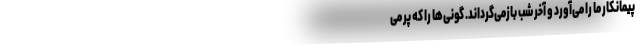
پیمانکار ما را می‌آورد و آخر شب بازمی‌گرداند. گونی‌ها را که پر می